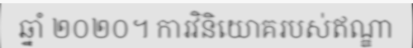
ឆ្នាំ ២០២០។ ការវិនិយោគរបស់ឥណ្ឌា